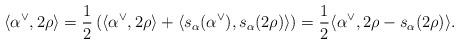
LaTeX: \begin{align*}\langle \alpha^\vee, 2\rho\rangle = \frac 12\left(\langle \alpha^\vee, 2\rho\rangle + \langle s_\alpha(\alpha^\vee), s_\alpha(2\rho)\rangle\right) = \frac 12\langle \alpha^\vee, 2\rho - s_\alpha(2\rho)\rangle.\end{align*}